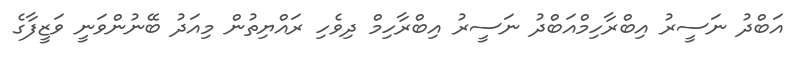
އަބްދު ނަސީރު އިބްރާހިމްއަބްދު ނަސީރު އިބްރާހިމް ދިވެހި ރައްޔިތުން މިއަދު ބޭނުންވަނީ ވަޒީފާގެ